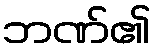
ဘဏ်၏